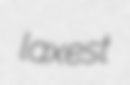
laxest